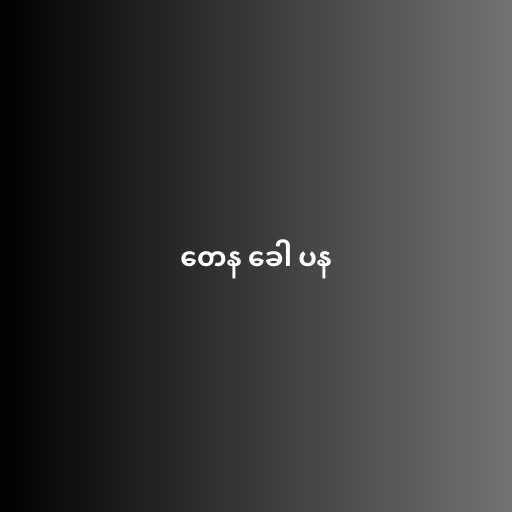
တေန ခေါ ပန